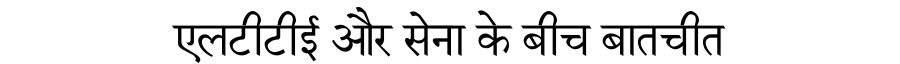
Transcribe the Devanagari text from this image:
एलटीटीई और सेना के बीच बातचीत